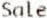
SALE